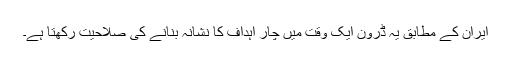
ایران کے مطابق یہ ڈرون ایک وقت میں چار اہداف کا نشانہ بنانے کی صلاحیت رکھتا ہے۔